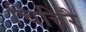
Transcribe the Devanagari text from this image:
चित्तिरै